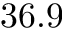
3 6 . 9